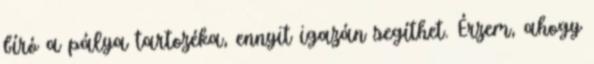
bíró a pálya tartozéka, ennyit igazán segíthet. Érzem, ahogy